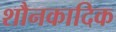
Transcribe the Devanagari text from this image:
शौनकादिक